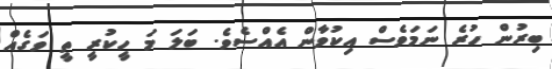
ބިރުން ހުރެ ނަމަވެސް އިކުވާން އެއްސެވެ. ބަލަ މަ ހީކުރީ ތީ ވަގެއް